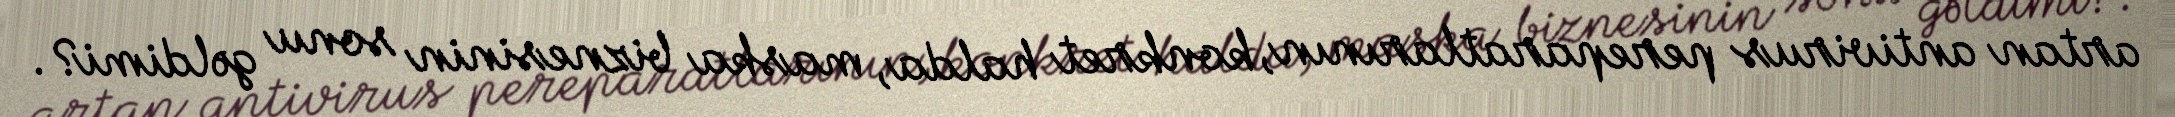
artan antivirus pereparatlarının, konkret halda, maska biznesinin sonu gəldimi?.